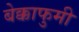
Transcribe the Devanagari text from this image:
बेक्काफुमी